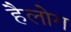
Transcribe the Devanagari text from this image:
हैलोग